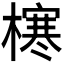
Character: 𪳶